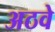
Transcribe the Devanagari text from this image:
अठवे